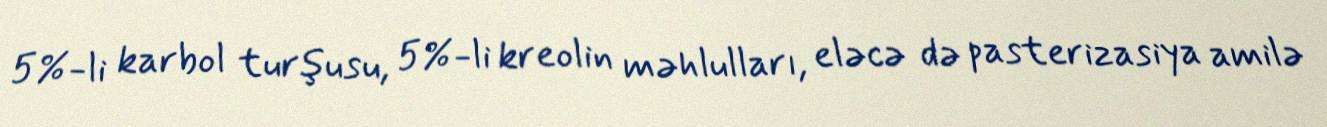
5%-li karbol turşusu, 5%-li kreolin məhlulları, eləcə də pasterizasiya amilə